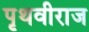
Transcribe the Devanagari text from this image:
पृथवीराज